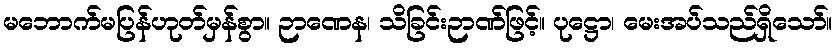
မဘောက်မပြန်ဟုတ်မှန်စွာ။ ဉာဏေန၊ သိခြင်းဉာဏ်ဖြင့်။ ပုဋ္ဌော၊ မေးအပ်သည်ရှိသော်။